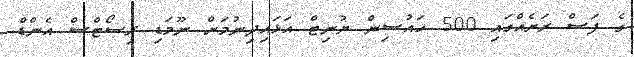
ގެ ފަސް ރަށެއްގައި 500 ހައުސިން ޔުނިޓް އަޅައިދިނުމަށް ނޫމަޑި ރިސޯޓްސް އެންޑް